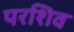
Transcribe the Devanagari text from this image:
परशिव